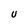
Character: U